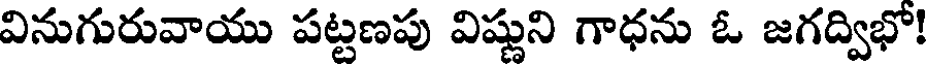
వినుగురువాయు పట్టణపు విష్ణుని గాధను ఓ జగద్విభో!